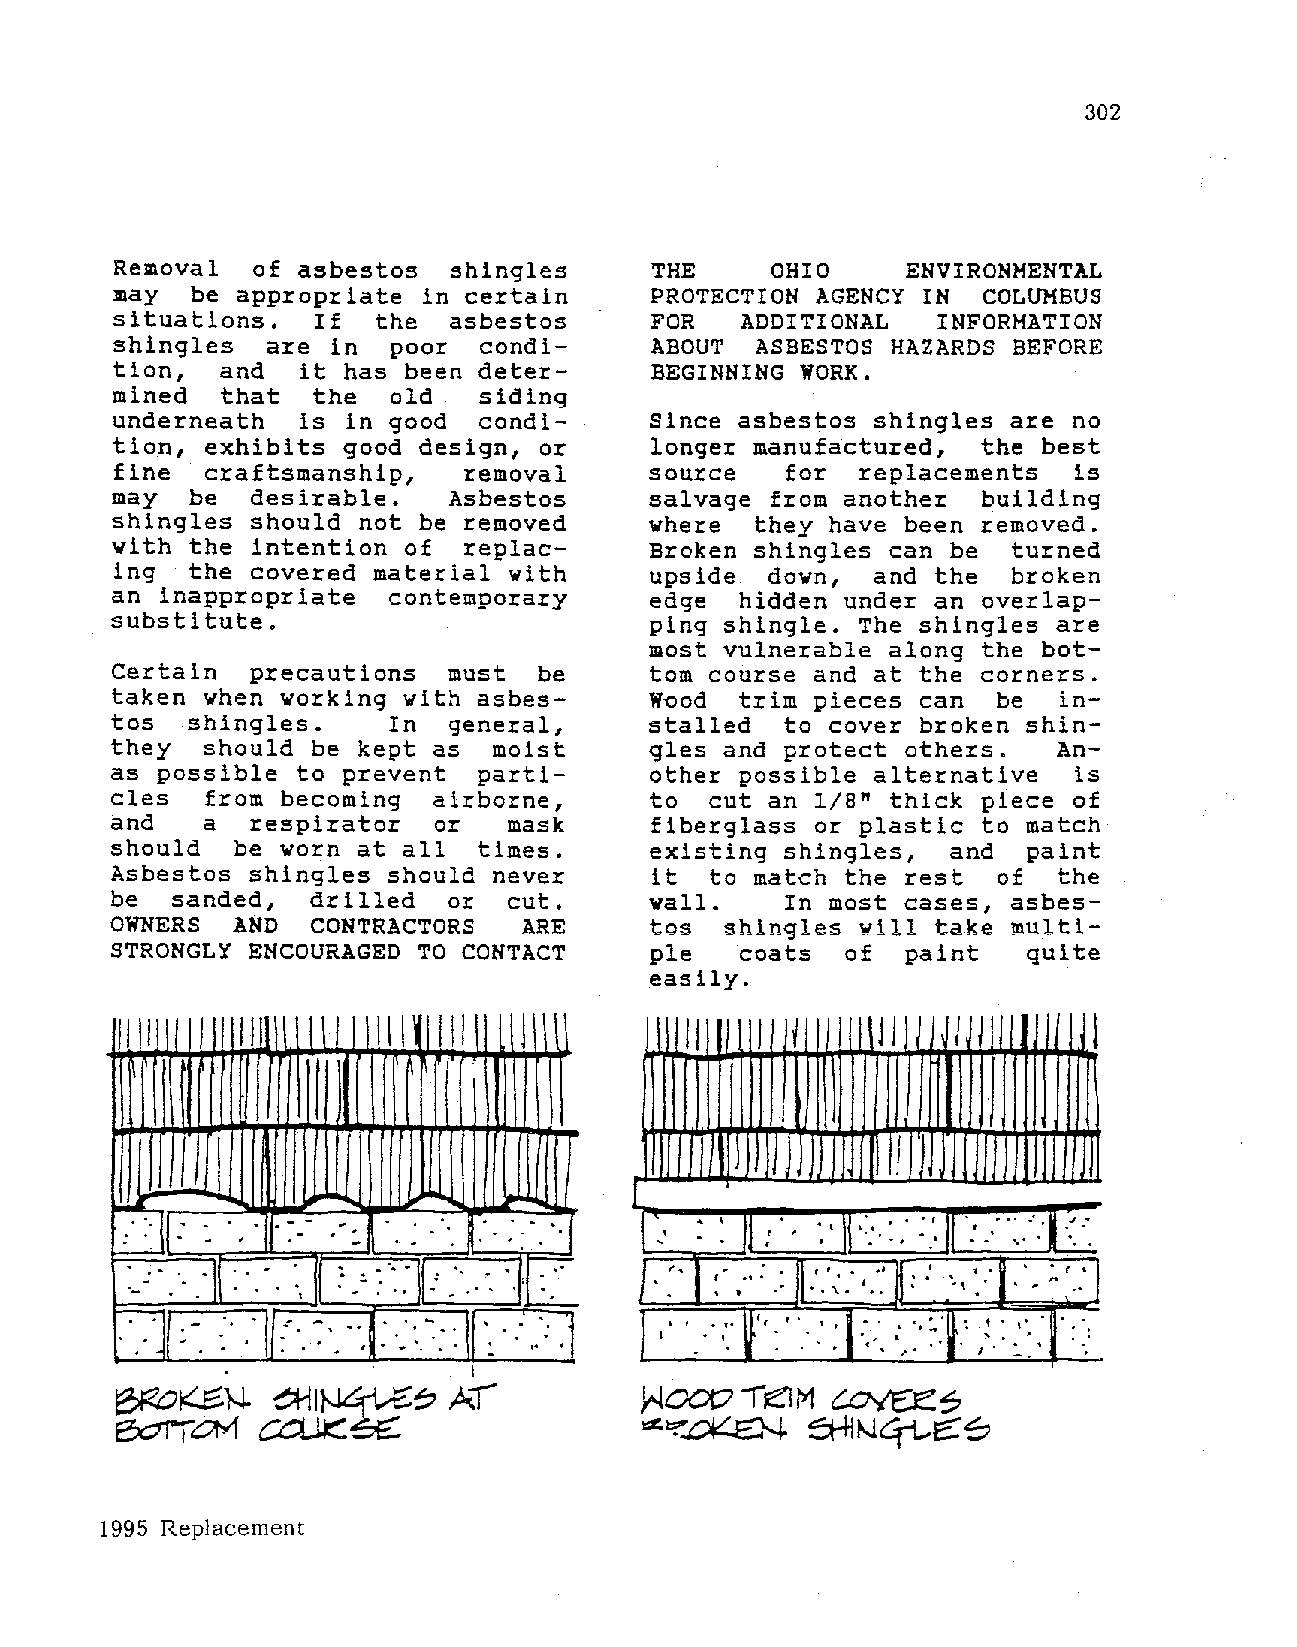
302
 Removal  of asbestos  shingles     THE     OHIO     ENVIRONMENTAL
 may   be appropriate in certain     PROTECTION AGENCY IN  COLUMBUS
 situations.   If  the  asbestos     FOR   ADDITIONAL   INFORMATION
 shingles   are in  poor  condi      ABOUT  ASBESTOS HAZARDS BEFORE
 tion,   and  it has been deter      BEGINNING WORK.
 mined   that  the  old   siding
 underneath   is in good  condi      Since asbestos shingles are no
 tion,  exhibits good design, or     longer manufactured,  the best
 fine craftsmanship,    removal     source   for  replacements  is
 may   be  desirable.   Asbestos     salvage from another  building
 shingles  should not be removed     where  they have been removed.
 with the  intention of  replac      Broken shingles can be  turned
 ing  the covered material with     upside  down,  and the  broken
 an  inappropriate  contemporary     edge  hidden under an overlap
 substitute.                         ping shingle. The shingles are
 most vulnerable along the bot
 Certain   precautions  must  be     tom course and at the corners.
 taken when  working with asbes            trim pieces can  be  in
 W~od
 tos  shingles.     In  general,     stalled  to cover broken shin
 they  should  be kept as  moist     gles and protect others.   An
 as possible  to prevent  parti      other possible alternative  is
 cles   from becoming  airborne,     to  cut an 1/8" thick piece of
 and   a   respirator  or   mask     fiberglass or plastic to match
 should  be  worn at all  times.     existing shingles,  and  paint
 Asbestos shingles  should never     it  to match the rest  of  the
 be  sanded,  drilled   or  cut.     wall.    In most cases, asbes
 OWNERS  AND   CONTRACTORS   ARE     tos  shingles will take multi
 STRONGLY ENCOURAGED  TO CONTACT     ple   coats  of  paint   quite
 easily.
 I Ill I I I II II I          II   ) I  I       i II     I
 J J
 I
 I         I
 I      !
 J
 :J:-    _. --_- ':      .  . .    I I _. . . ' . ll . ' . - ·. · 11·: . · · ·.. . .-.' .. . ... .. . . . ,_.
 . · - . • ' . •. I 1I 1 . ° . • - • I - . . . ~ - . ' IJ'
 '
 ~ .- 1 .' '- . . •. ..
 '•
 ..
 ' .
 '' •.. . \
 •
 • . I . ••
 .
 . •. .~ -. .' ...' . - \
 :
 •
 I
 .
 t
 .
 -,.
 .
 - . ;. ·.: :- l
 1995 Replacement